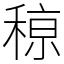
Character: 䅫